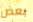
بعض